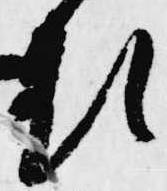
類